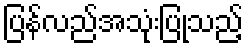
ပြန်လည်အသုံးပြုသည့်